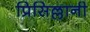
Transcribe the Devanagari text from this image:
प्रिसिल्लानी